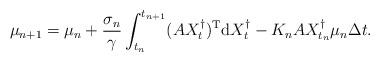
LaTeX: \begin{align*} \mu_{n+1} = \mu_n + \frac{\sigma_n}{\gamma} \int_{t_n}^{t_{n+1}} (AX_t^\dagger)^{\rm T} {\rm d} X_t^{\dagger} - K_n A X_{t_n}^\dagger \mu_n \Delta t .\end{align*}